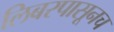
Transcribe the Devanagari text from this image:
लिबरपासूनच